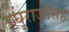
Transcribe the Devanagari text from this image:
रघुराजसिंह